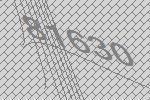
81630